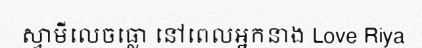
ស្វាមីលេចធ្លោ នៅពេលអ្នកនាង Love Riya